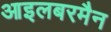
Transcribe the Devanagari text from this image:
आइलबरमैन